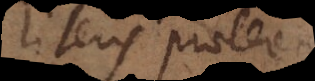
literis praeterea